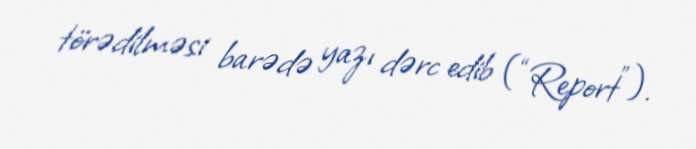
törədilməsi barədə yazı dərc edib (“Report”).